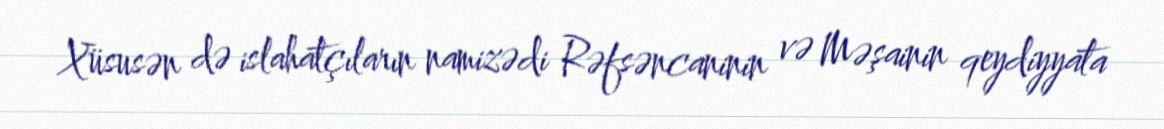
Xüsusən də islahatçıların namizədi Rəfsəncaninin və Məşainin qeydiyyata